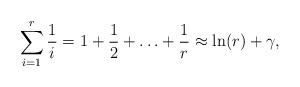
LaTeX: \begin{align*}\sum_{i=1}^{r} \frac{1}{i} =1+\frac{1}{2} +\ldots + \frac{1}{r} \approx \ln(r)+\gamma,\end{align*}